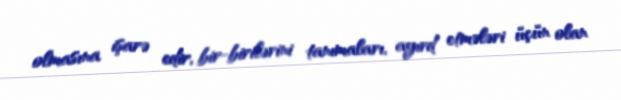
olmasına işarə edir, bir-birilərini tanımaları, ayırd etmələri üçün olan